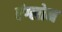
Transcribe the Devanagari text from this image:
एंग्लोन